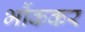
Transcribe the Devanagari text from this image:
भौंककर